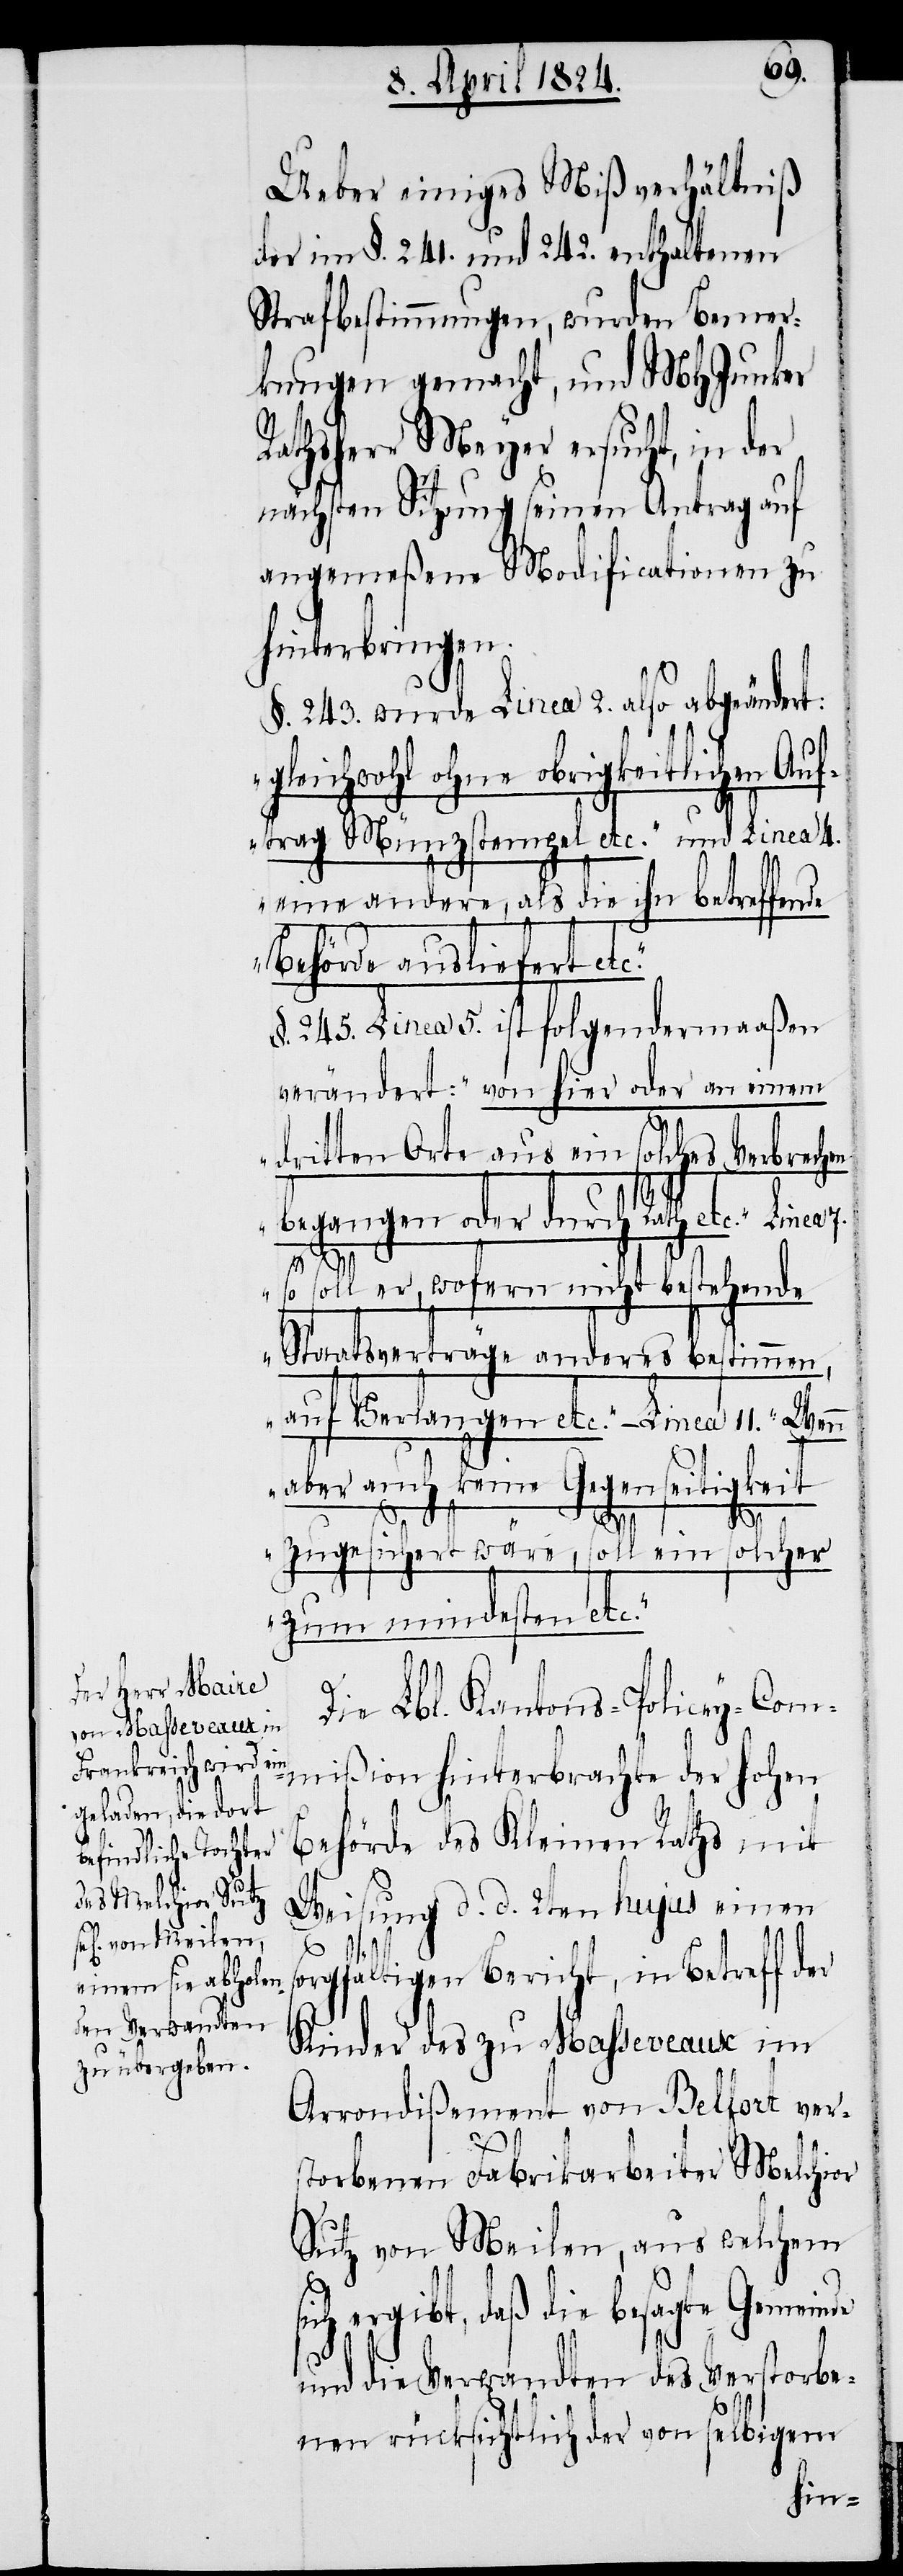
Ueber einiges Mißverhältniß
der im §. 241. und 242. enthaltenen
Strafbestimmungen, wurden Bemer¬
kungen gemacht, und MHJunker
Rathsherr Meyer ersucht, in der
nächsten Sitzung seinen Antrag auf
angemeßene Modificationen zu
hinterbringen.
§. 243. wurde Linea 2. also abgeändert:
„gleichwohl ohne obrigkeitlichen Auf¬
trag Münzstempel etc.“ und Linea 4.
„eine andere, als die ihn betreffende
Behörde ausliefert
§. 245. Linea 5. ist folgendermaaßen
verändert: „von hier oder an einem
dritten Orte aus ein solches Verbrechen
begangen oder durch Rath etc.“
nde
„so soll er, wofern nicht bestehende
Staatsverträge anderes bestimmen,
auf Verlangen etc.“ – Linea 11. „Wenn
aber auch keine Gegenseitigkeit
zugesichert wäre, soll ein solcher
zum mindesten etc.“
Die Lbl. Kantons-Policey-Com¬
mißion hinterbrachte der hohen
Behörde des Kleinen Raths mit
Weisung d. d. 2ten hujus einen
sorgfältigen Bericht, in Betreff der
Kinder des zu Masseveaux im
Arrondißement von Belfort ver¬
storbenen Fabrikarbeiter Melchior
Sutz von Meilen, aus welchem
ergibt, daß die besagte Gemei¬
und die Verwandten des Verstorbe¬
nen rücksichtlich der von selbigem